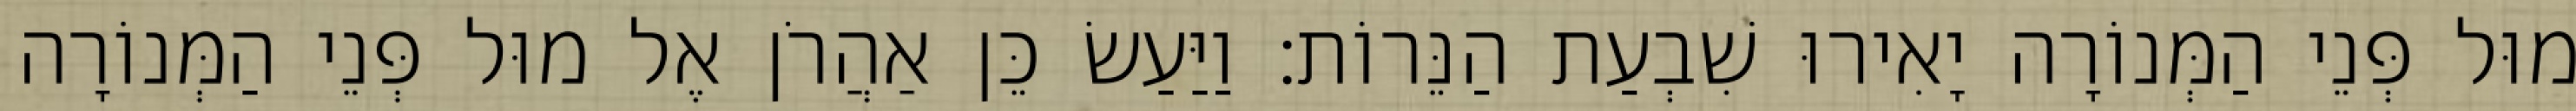
מוּל פְּנֵי הַמְּנוֹרָה יָאִירוּ שִׁבְעַת הַנֵּרוֹת׃ וַיַּעַשׂ כֵּן אַהֲרֹן אֶל מוּל פְּנֵי הַמְּנוֹרָה